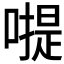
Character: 𠽮